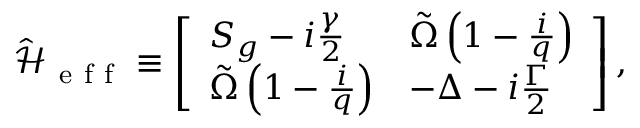
\hat { \mathcal { H } } _ { \mathrm { ~ e ~ f ~ f ~ } } \equiv \left[ \begin{array} { l l } { S _ { g } - i \frac { \gamma } { 2 } } & { \tilde { \Omega } \left( 1 - \frac { i } { q } \right) } \\ { \tilde { \Omega } \left( 1 - \frac { i } { q } \right) } & { - \Delta - i \frac { \Gamma } { 2 } } \end{array} \right] ,